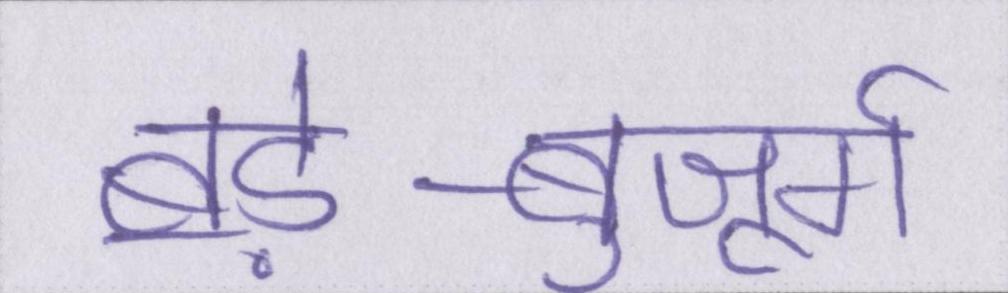
बड़े-बुजूर्ग